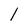
Character: l